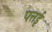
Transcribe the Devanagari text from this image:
पत्तई